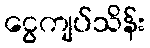
ငွေကျပ်သိန်း